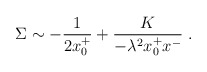
\begin{align*}\Sigma\sim-{1\over{2 x^+_0}}+\frac{K}{-\lambda^2x^+_0x^-}\;.\end{align*}